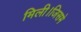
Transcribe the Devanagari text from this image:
मिली।जिसमे